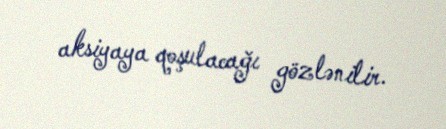
aksiyaya qoşulacağı gözlənilir.